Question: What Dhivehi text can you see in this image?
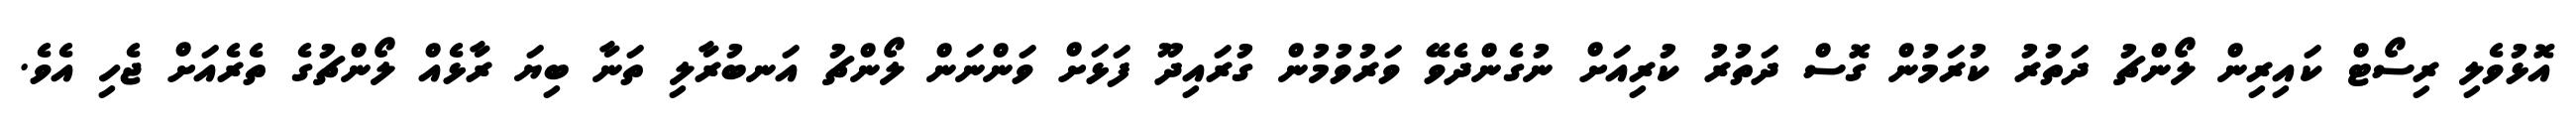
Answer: އޮޅުވެލި ރިސޯޓް ކައިރިން ލޯންޗު ދަތުރު ކުރަމުން ގޮސް ދަތުރު ކުރިއަށް ނުގެންދެވޭ ވަރުވުމުން ގުރައިދޫ ފަޅަށް ވަންނަން ލޯންޗު އަނބުރާލި ތަނާ ބިޔަ ރާޅެއް ލޯންޗުގެ ތެރެއަށް ޖެހި އެވެ.